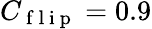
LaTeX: C_{\mathrm{~f~l~i~p~}}=0.9